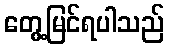
တွေ့မြင်ရပါသည်